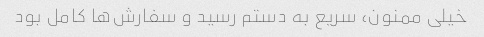
خیلی ممنون، سریع به دستم رسید و سفارش‌ها کامل بود